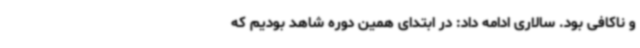
و ناکافی بود. سالاری ادامه داد: در ابتدای همین دوره شاهد بودیم که